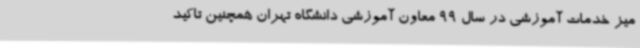
میز خدمات آموزشی در سال 99 معاون آموزشی دانشگاه تهران همچنین تاکید